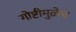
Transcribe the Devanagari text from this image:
गोष्टीमुळेच